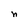
Character: n